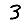
Digit: 3